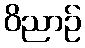
ဝိညာဉ်